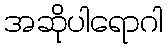
အဆိုပါရောဂါ